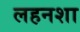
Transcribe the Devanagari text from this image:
लहनशा